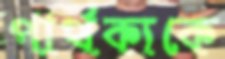
পার্থক্যকে